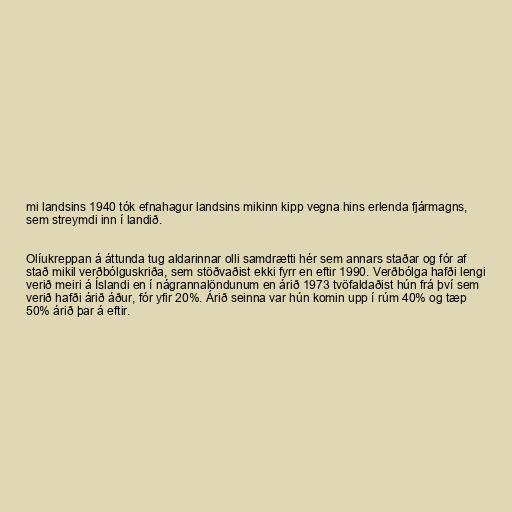
mi landsins 1940 tók efnahagur landsins mikinn kipp vegna hins erlenda fjármagns,
sem streymdi inn í landið.

Olíukreppan á áttunda tug aldarinnar olli samdrætti hér sem annars staðar og fór af
stað mikil verðbólguskriða, sem stöðvaðist ekki fyrr en eftir 1990. Verðbólga hafði lengi
verið meiri á Íslandi en í nágrannalöndunum en árið 1973 tvöfaldaðist hún frá því sem
verið hafði árið áður, fór yfir 20%. Árið seinna var hún komin upp í rúm 40% og tæp
50% árið þar á eftir.